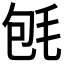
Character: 𣭀